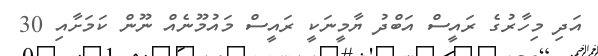
އަދި މިހާރުގެ ރައީސް އަބްދު ޔާމީނަކީ ރައީސް މައުމޫނެއް ނޫން ކަމަށާއި 30